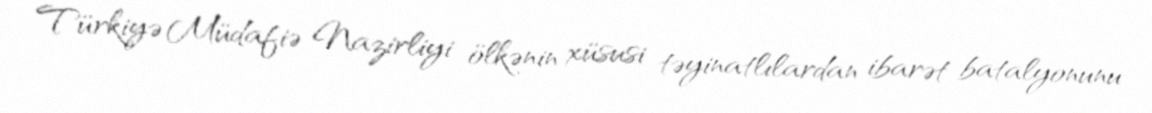
Türkiyə Müdafiə Nazirliyi ölkənin xüsusi təyinatlılardan ibarət batalyonunu